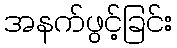
အနက်ဖွင့်ခြင်း